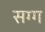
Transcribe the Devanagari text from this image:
सग्ग